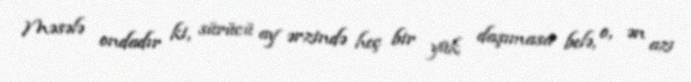
Məsələ ondadır ki, sürücü ay ərzində heç bir yük daşımasa belə, o, ən azı